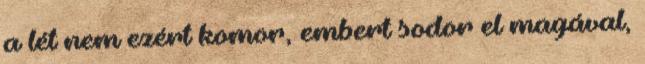
a lét nem ezért komor, embert sodor el magával,